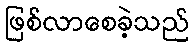
ဖြစ်လာစေခဲ့သည်